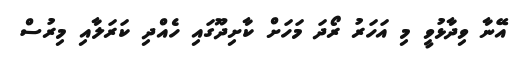
އޭނާ ވިދާޅުވީ މި އަހަރު ރޯދަ މަހަށް ކާށިދޫގައި ހެއްދި ކަރަލާއި މިރުސް